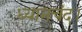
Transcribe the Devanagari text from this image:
ध्यानचंद।